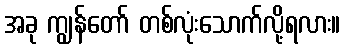
အခု ကျွန်တော် တစ်လုံးသောက်လို့ရလား။